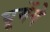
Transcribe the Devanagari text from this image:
घूमेंगे